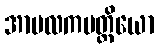
အာမလကမတ္တိယော